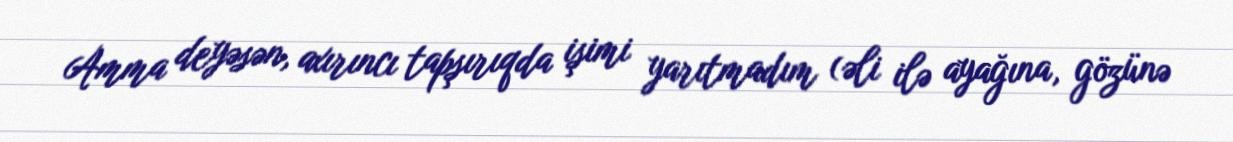
Amma deyəsən, axırıncı tapşırıqda işimi yarıtmadım (əli ilə ayağına, gözünə